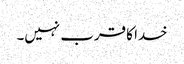
خدا کا قرب نہیں۔